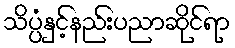
သိပ္ပံနှင့်နည်းပညာဆိုင်ရာ